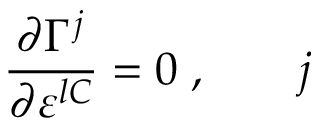
\frac { \partial \Gamma ^ { j } } { \partial \varepsilon ^ { l C } } = 0 \; , \; \; \; \; \; \; \; j